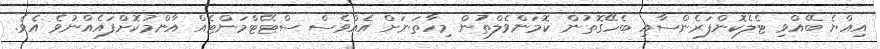
އިއްޔެ ބޭއްވި ޓެލެކޮންފަރެންސާއި ބެހޭގޮތުން ކޮމަންވެލްތުން މިހާތަނަށް އެއްވެސް ސްޓޭޓްމަންޓެއް އާންމުކޮށްފައެއްނުވެ އެވެ.